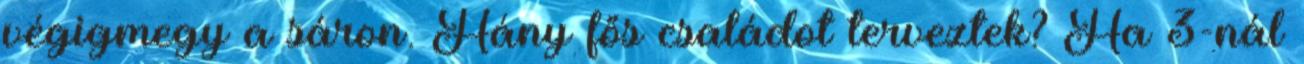
végigmegy a sáron. Hány fős családot terveztek? Ha 3-nál